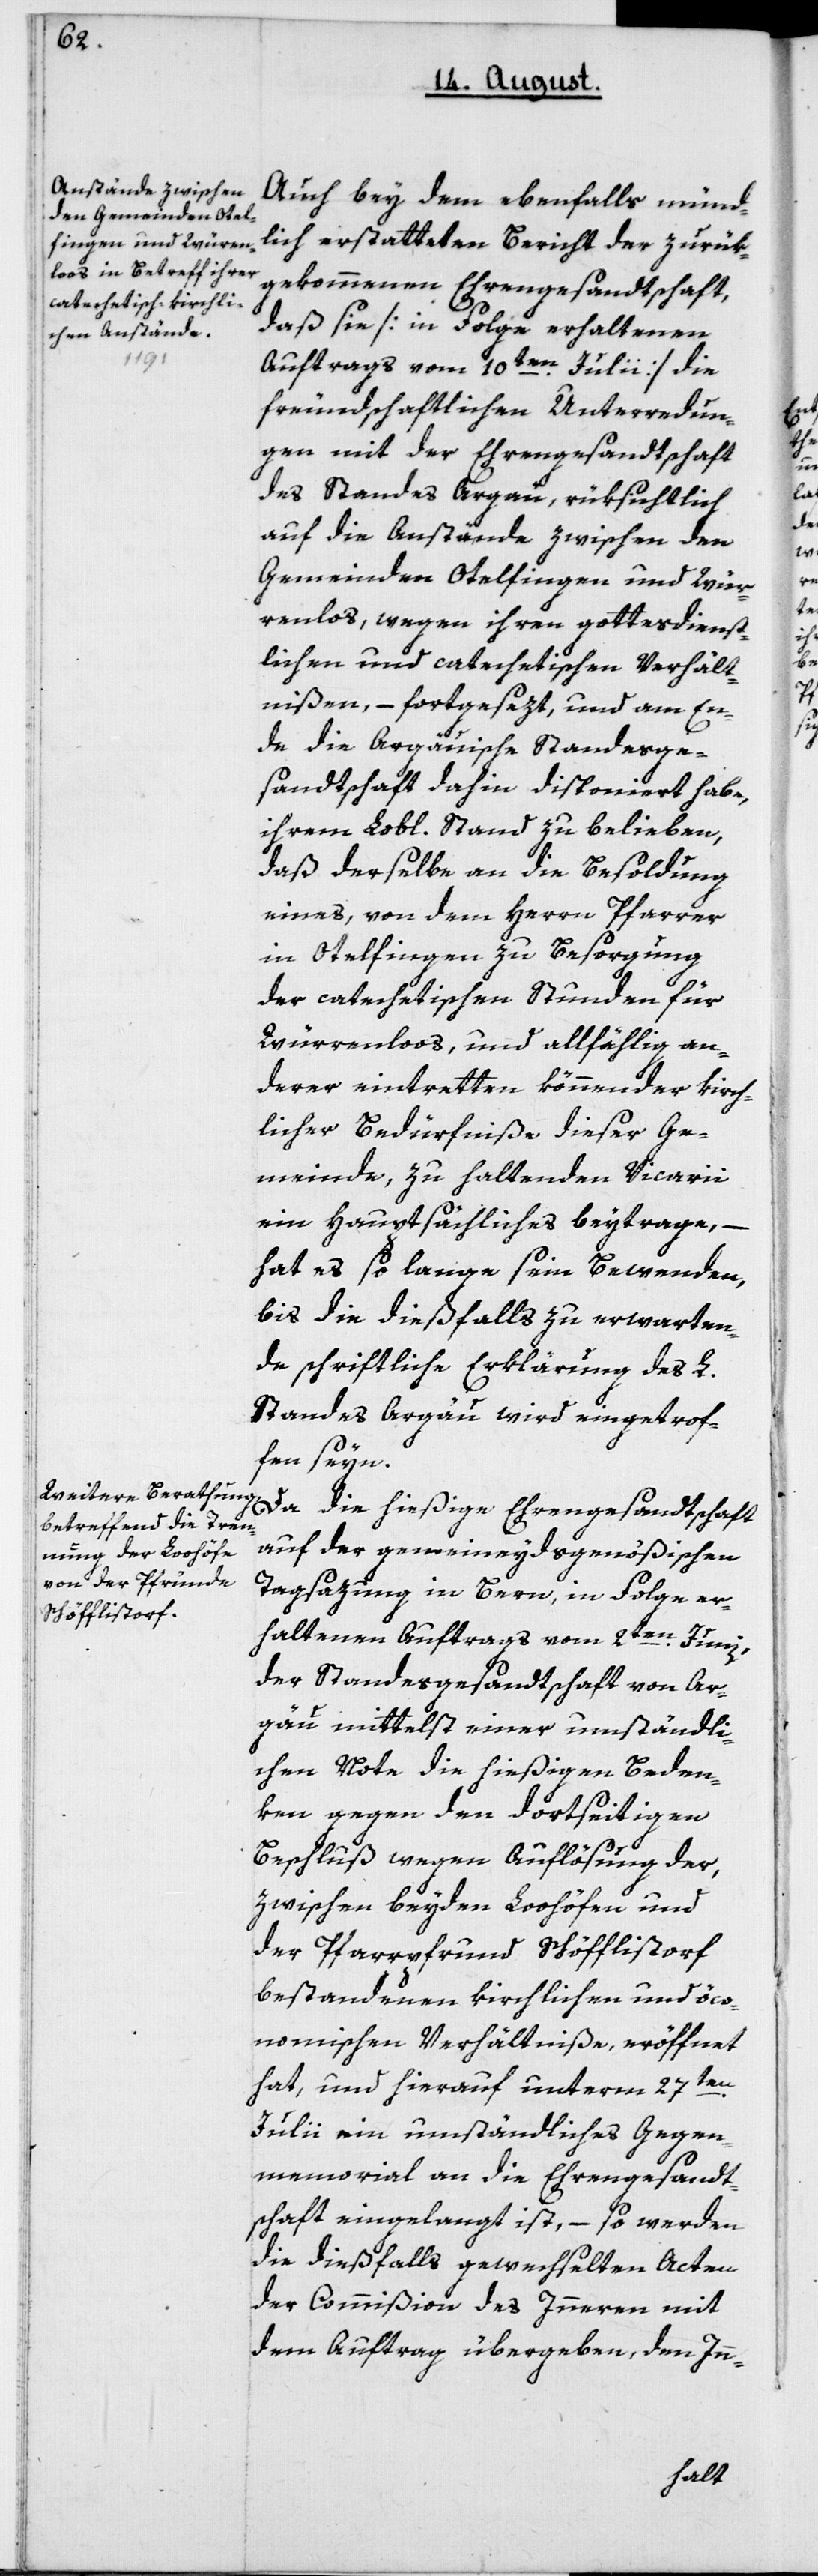
Auch bey dem ebenfalls münd¬
lich erstatteten Bericht der zurük¬
gekommenen Ehrengesandtschaft,
daß sie [in Folge erhaltenen
Auftrags vom 10ten Julii] die
freundschaftlichen Unterredun¬
gen mit der Ehrengesandtschaft
des Standes Argau, rüksichtlich
auf die Anstände zwischen den
Gemeinden Otelfingen und Wür¬
enloos, wegen ihren gottesdienst¬
lichen und catechetischen Verhält¬
nißen, – fortgesezt, und am En¬
de die Argäuische Standesge¬
sandtschaft dahin disponiert habe,
ihrem Lobl. Stand zu belieben,
daß derselbe an die Besoldung
eines, von dem Herrn Pfarrer
in Otelfingen zu Besorgung
der catechetischen Stunden für
Würrenloos, und allfällig an¬
derer eintretten könnender kirch¬
licher Bedürfniße dieser Ge¬
meinde, zu haltenden Vicarii,
ein Hauptsächliches beytrage, –
hat es solange sein Bewenden,
bis die dießfalls zu erwarten¬
de schriftliche Erklärung des L.
Standes Argau wird eingetrof¬
fen seyn.
Da die hießige Ehrengesandtschaft
auf der gemeineydsgenößischen
Tagsazung in Bern, in Folge er¬
haltenen Auftrags vom 2ten Junii,
der Standesgesandtschaft von Ar¬
gau mittelst einer umständli¬
chen Note die hießigen Beden¬
ken gegen den dortseitigen
Beschluß wegen Auflösung der,
zwischen beyden Loohöfen und
der Pfarrpfrund Schöfflistorf
bestandenen kirchlichen und öco¬
nomischen Verhältniße, eröffnet
hat, und hierauf unterm 27ten
Julii ein umständliches Gegen¬
memorial an die Ehrengesandt¬
schaft eingelangt ist, – so werden
die dießfalls gewechselten Acten
der Commißion des Innern mit
dem Auftrag übergeben, den In-